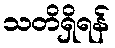
သတိရှိရန်